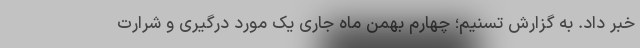
خبر داد. به گزارش تسنیم؛ چهارم بهمن ماه جاری یک مورد درگیری و شرارت